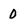
Character: 0